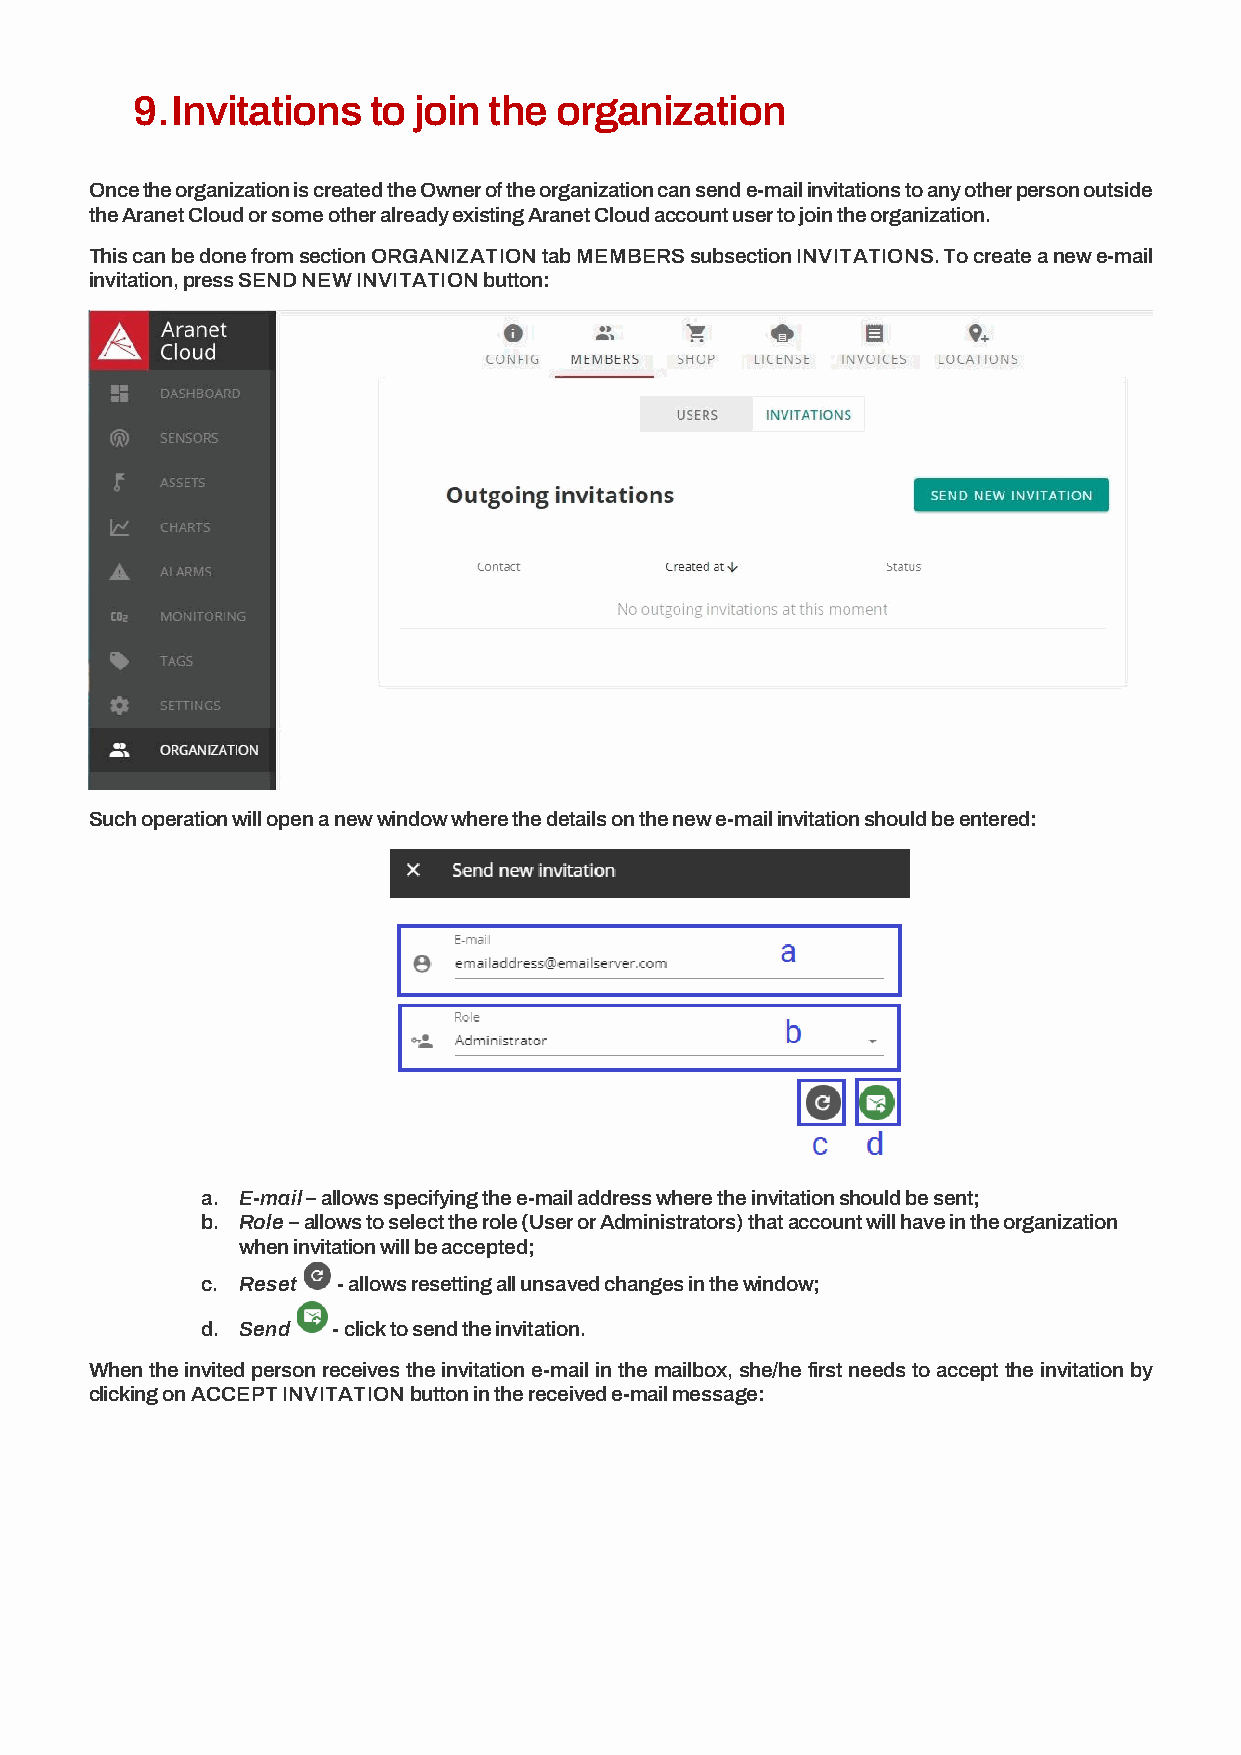
9. Invitations to join the  organization
 Once the organization is created the Owner of the organization can send e-mail invitations to any other person outside
 the Aranet Cloud or some other already existing Aranet Cloud account user to join the organization.
 This can be done from section ORGANIZATION tab MEMBERS subsection INVITATIONS. To create a new e-mail
 invitation, press SEND NEW INVITATION button:
 Such operation will open a new window where the details on the new e-mail invitation should be entered:
 a. E-mail – allows specifying the e-mail address where the invitation should be sent;
 b. Role – allows to select the role (User or Administrators) that account will have in the organization
 when invitation will be accepted;
 c. Reset - allows resetting all unsaved changes in the window;
 d. Send  - click to send the invitation.
 When the invited person receives the invitation e-mail in the mailbox, she/he first needs to accept the invitation by
 clicking on ACCEPT INVITATION button in the received e-mail message: